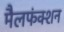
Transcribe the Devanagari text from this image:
मैलफंक्शन